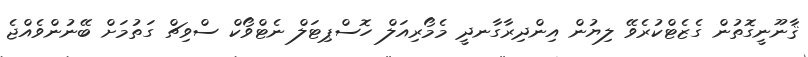
ޤާނޫނީގޮތުން ގެޒެޓްކުރެވޭ ލިޔުން އިންދިރާގާނދީ މެމޯރިއަލް ހޮސްޕިޓަލް ނެޓްވޯކް ސްވިޗް ގަތުމަށް ބޭނުންވެއްޖެ